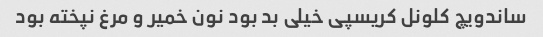
ساندویچ کلونل کریسپی خیلی بد بود نون خمیر و مرغ نپخته بود